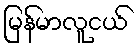
မြန်မာလူငယ်